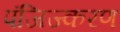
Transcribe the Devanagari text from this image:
पंजिज्करण